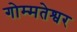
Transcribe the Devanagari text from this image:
गोम्मतेश्वर